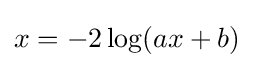
x=-2\log(ax+b)